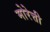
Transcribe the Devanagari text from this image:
मोरेत्ती